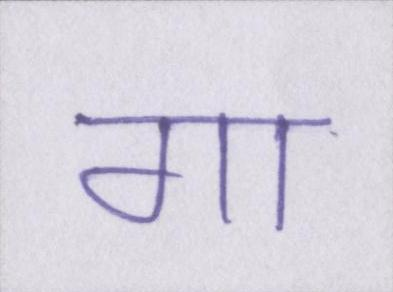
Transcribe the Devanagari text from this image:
गा